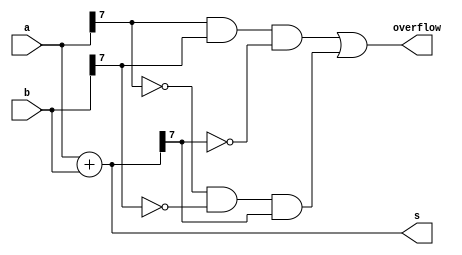
module top_module (
    input [7:0] a,
    input [7:0] b,
    output [7:0] s,
    output overflow
); //
 	//2's complement for a binary number is found by inverting the numbers and adding 1
    //	i.e: 2'scomplement of 0011 is : 1100+0001 =  1101
    //
    //Also remember that MSB of the 2's complement number represents  the sign. i.e if MSB is one then the number is -ve
    //	i.e: 1101 = -8+4+0+1=-3
    //
    //If 2= 0010 then -2= 1101+1 = 1110
    //Also 2+(-2) = 1111 (This property holds for all the numbers)
    //
    //While adding two 2's complement numbers, overflow can be detected two ways:
    //	1. If carryout and crry-on to  MSB are different then overflow occured
    //  2. If both numbers are +ve and result is-ve or vise versa, overflow occurs
    
    assign s = a+b;
    assign overflow = a[7]&&b[7]&&(~s[7]) || (~a[7])&&(~b[7])&&(s[7]); 

endmodule



module top_m( 
    input a, b, cin,
    output cout, sum );
    
	assign cout = a&b | b&cin | a&cin;
	assign sum  = a^b^cin;
endmodule